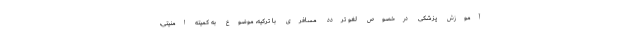
آموزش پزشکی درخصوص لغو تردد مسافری با ترکیه، موضوع به کمیته امنیتی،